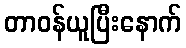
တာဝန်ယူပြီးနောက်